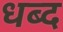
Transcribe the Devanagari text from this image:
धब्द